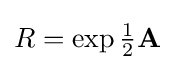
R=\exp {{\tfrac {1}{2}}\mathbf {A} }